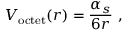
V _ { \mathrm { o c t e t } } ( r ) = { \frac { \alpha _ { s } } { 6 r } } \ ,